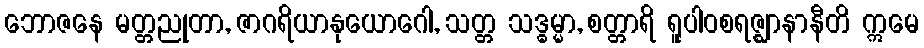
ဘောဇနေ မတ္တညုတာ, ဇာဂရိယာနုယောဂေါ, သတ္တ သဒ္ဓမ္မာ, စတ္တာရိ ရူပါဝစရဇ္ဈာနာနီတိ ဣမေ